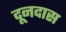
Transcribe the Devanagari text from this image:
दूनदास